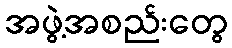
အဖွဲ့အစည်းတွေ